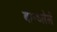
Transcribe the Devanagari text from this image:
बान्ध्लेले